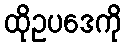
ထိုဥပဒေကို